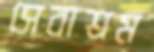
সেবাশ্রম